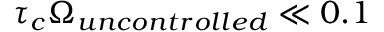
\tau _ { c } \Omega _ { u n c o n t r o l l e d } \ll 0 . 1